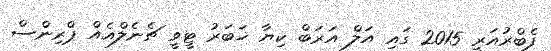
ފެބްރުއަރީ 2015 ގައި އަލް އަރަބް ކިޔާ ޚަބަރު ޓީވީ ޗެނެލްއެއް ޕްރިންސް